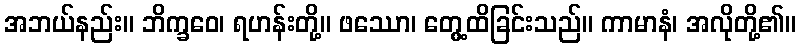
အဘယ်နည်း။ ဘိက္ခဝေ၊ ရဟန်းတို့။ ဖဿော၊ တွေ့ထိခြင်းသည်။ ကာမာနံ၊ အလိုတို့၏။